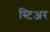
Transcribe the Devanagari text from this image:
स्टिअर